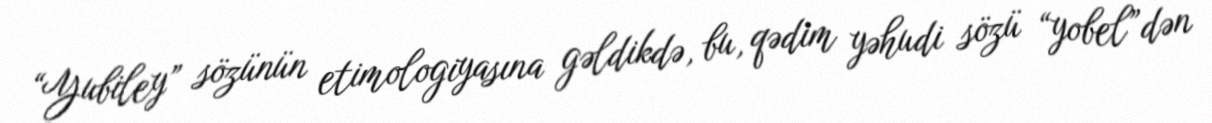
“Yubiley” sözünün etimologiyasına gəldikdə, bu, qədim yəhudi sözü “yobel”dən